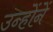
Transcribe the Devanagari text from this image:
उन्हाेंनें